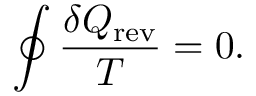
\oint { \frac { \delta Q _ { \mathrm { r e v } } } { T } } = 0 .